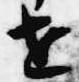
世